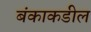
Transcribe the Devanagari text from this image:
बंकाकडील